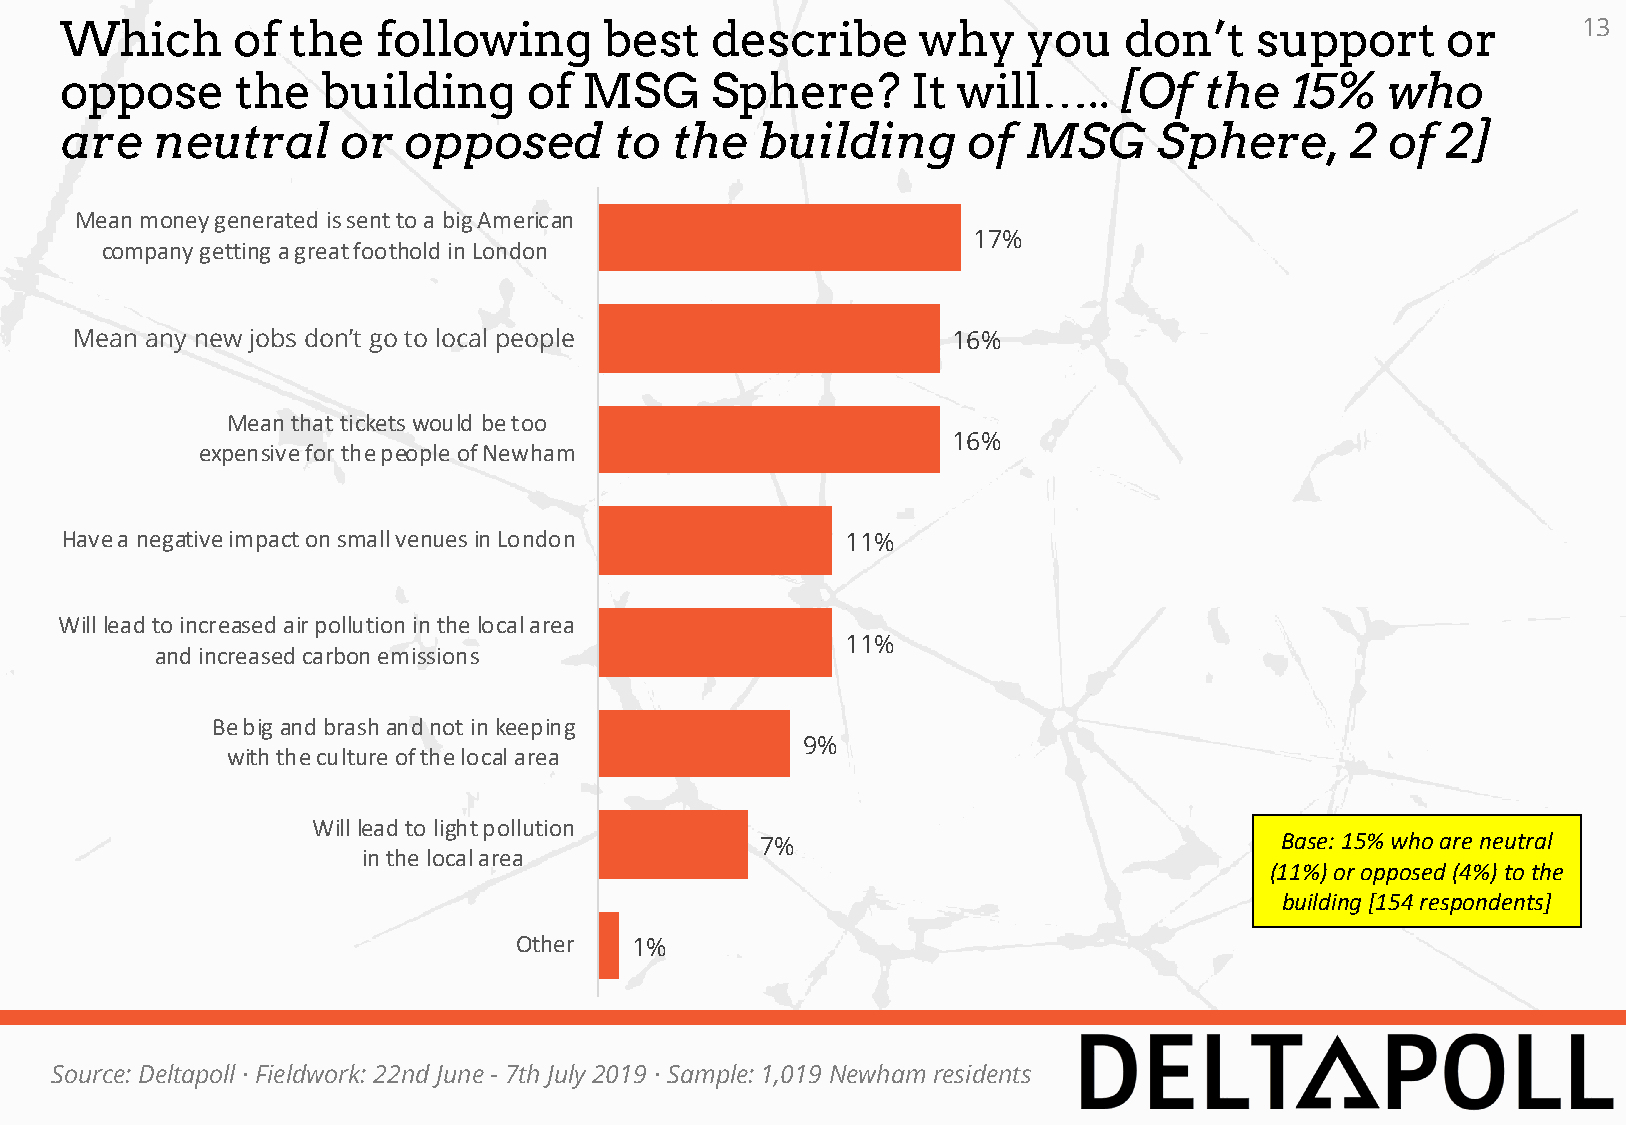
Which      of  the   following      best   describe      why    you   don’t    support      or       13
 oppose      the  building      of  MSG     Sphere?      It will…..    [Of   the  15%    who
 are   neutral      or  opposed       to the   building      of  MSG      Sphere,     2  of  2]
 Mean money generated is sent to a big American
 17%
 company getting a great foothold in London
 Mean any new jobs don’t go to local people                16%
 Mean that tickets would be too
 16%
 expensive for the people of Newham
 Have a negative impact on small venues in London    11%
 Will lead to increased air pollution in the local area
 11%
 and increased carbon emissions
 Be big and brash and not in keeping
 9%
 with the culture of the local area
 Will lead to light pollution
 Base: 15% who are neutral
 7%
 in the local area
 (11%) or opposed (4%) to the
 building [154 respondents]
 Other   1%
 Source: Deltapoll · Fieldwork: 22nd June - 7th July 2019 · Sample: 1,019 Newham residents